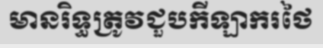
មានរិទ្ធត្រូវជួបកីឡាករថៃ